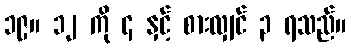
၁၉။ ၁၂ ကို ၄ နှင့် စားလျှင် ၃ ရသည်။